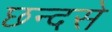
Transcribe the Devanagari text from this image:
छन्दसे